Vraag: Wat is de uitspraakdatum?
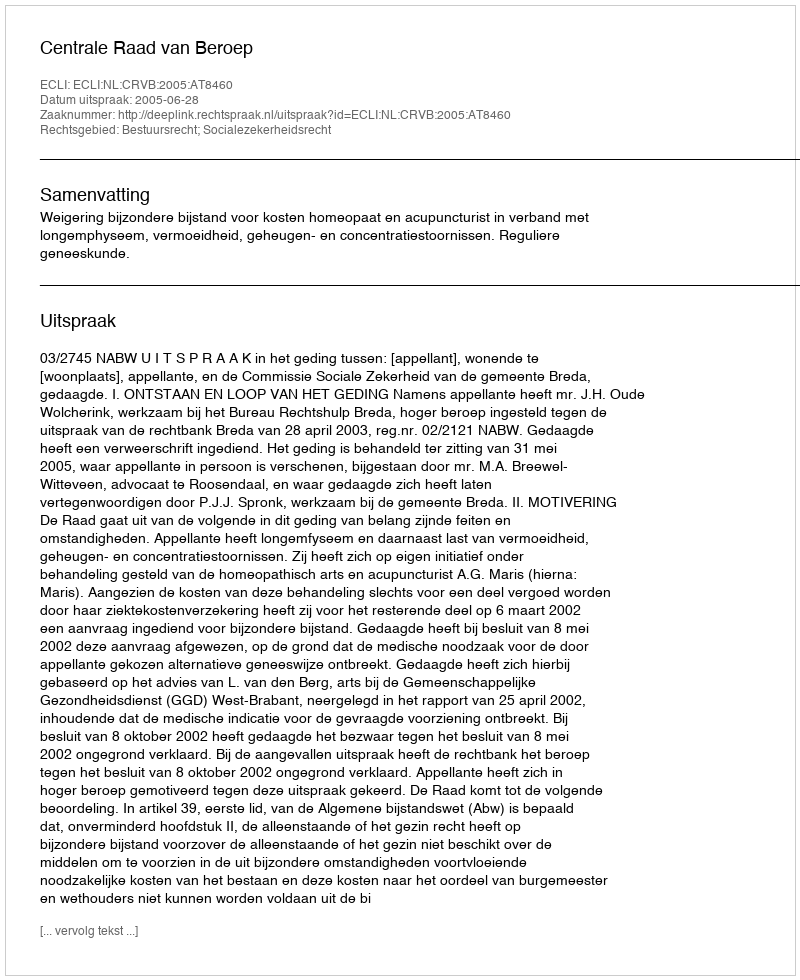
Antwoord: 2005-06-28